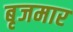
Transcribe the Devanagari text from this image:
बृजमार